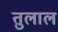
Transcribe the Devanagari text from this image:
तुलाल